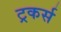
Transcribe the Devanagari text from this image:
ट्रकर्स